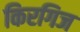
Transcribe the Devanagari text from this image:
किरगिज